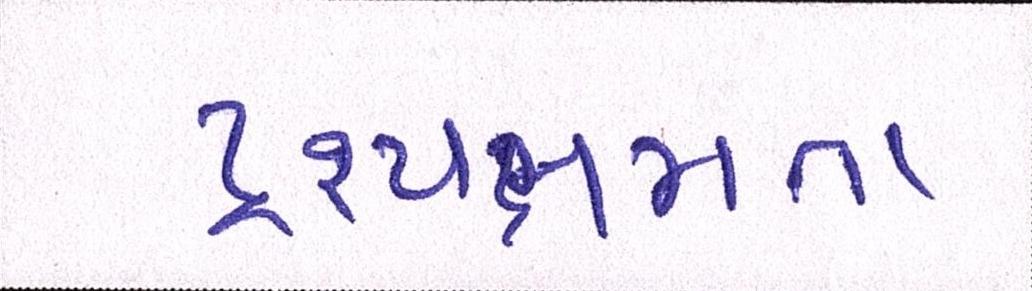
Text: દ્રષ્યક્ષમતા